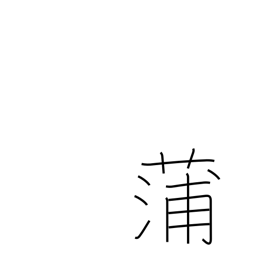
Meaning: flag